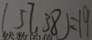
( 5 7 , 3 8 ) = 1 9